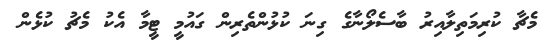
މެޗާ ކުރިމަތިލާއިރު ބާސެލޯނާގެ ގިނަ ކުޅުންތެރިން ގައުމީ ޓީމާ އެކު މެޗު ކުޅެން